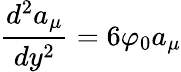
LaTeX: \frac{d^{2}a_{\mu}}{dy^{2}}=6\varphi_{0}a_{\mu}